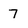
Character: 7